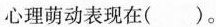
心理萌动表现在( )。